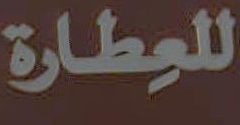
للعطارة